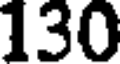
130